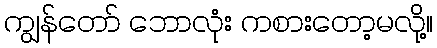
ကျွန်တော် ဘောလုံး ကစားတော့မလို့။